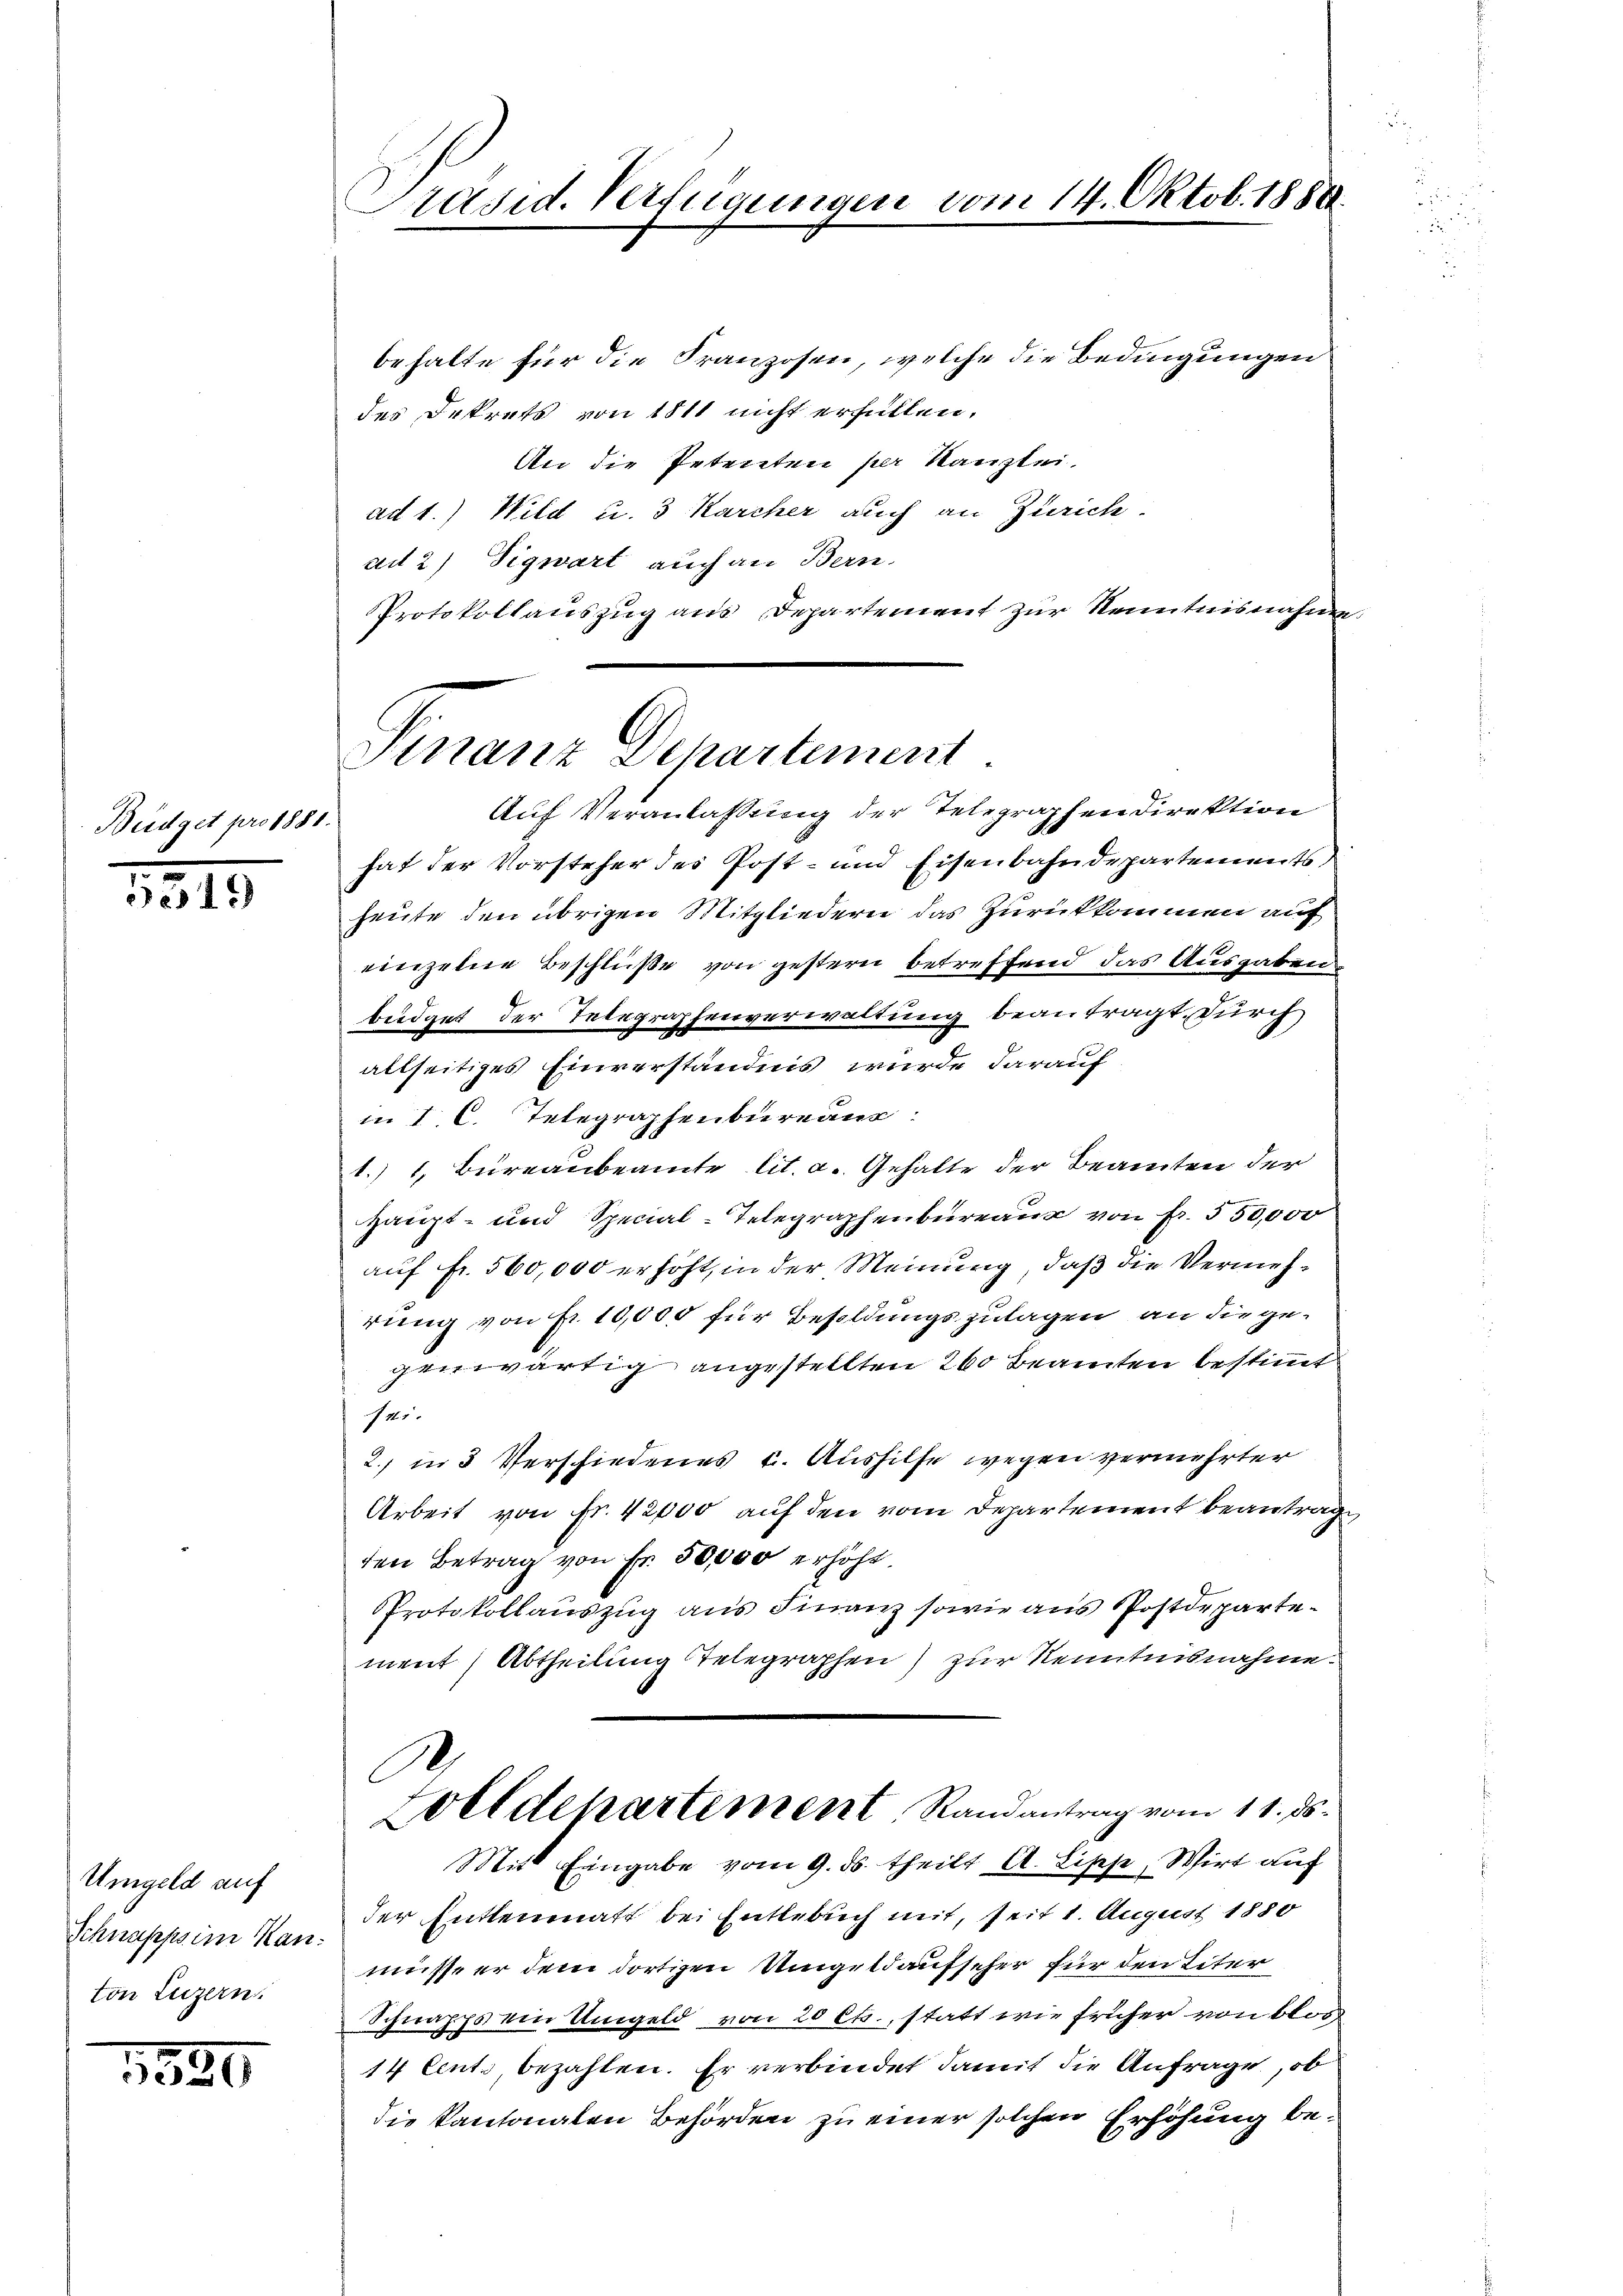
Büdget pro 1881.

5519

Umgeld auf
Schnapps im Kan
ton Luzern.

1520

behalte für die Franzosen, welche die Bedingungen
des Dekrets von 1811 nicht erfüllen.
An die Petenten per Kanzlei.
ad 1.) Wild u. 3 Karcher auch an Zürich
ad 2) Tigwart auch an Bern.
PProtokollauszug aus Departement zur Kenntnisnahme.
hat der Vorsteher des Post- und Eisenbahndepartements
heute den übrigen Mitgliedern das Zurückkommen auf
einzelne Beschlüße von gestern betreffend das Ausgaben
beidgut der Telegraphenverwaltung beantragt, durch
allseitiges Einverständnis wurde darauf
in I. C. Telegraphenbureaus
1.) 1, Bureaubeamte lit. c. Gehalte der Beamten der
Haupt- und Special-Telegraphenbureaux von Fr. 550,000
auf Fr. 560,000 erhöht, in der Meinung, daß die Vermehrung von Fr. 10,000 für Besoldungszulagen an die gegenwärtig angestellten 260 Beamten bestimmt
11
2. in 3 Verschiedenes u. Aushilfe wegen vermehrter
Arbeit von Fr. 42000 auf den vom Departement beantrage,
den Betrag von Fr. 50,000 erhöht
PProtokollauszug aus Finanz sowie aus Postdepartement Abtheilung Telegraphen) zur Kenntnisnahme.
C
Zolldepartement, Randantrag vom 11. ds.
Mit Eingabe vom 9. ds. theilt A. Lipp, Wirt auf
der Enttenmatt bei Entlebuch mit, seit 1. August 1880
müsse er dem dortigen Umgeldaufseher für den Liter
Schnapps ein Umgeld von 20 Cts., statt wie früher von blos
14 Cent bezahlen. Er verbindet damit die Anfrage, ob
die Kantonalen Behörden zu einer solchen Erhöhung be¬

Präsid. Verfügungen

Finanz Departement
Auf Veranlassung der Telegraphen direktion

vom 14. Oktob. 1888.